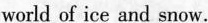
world of ice and snow.